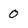
Character: 0